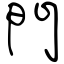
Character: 門